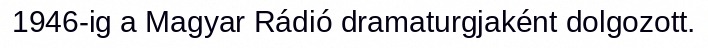
1946-ig a Magyar Rádió dramaturgjaként dolgozott.